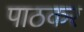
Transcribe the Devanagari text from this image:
पाठकर